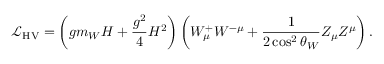
{ \mathcal { L } } _ { \mathrm { H V } } = \left( g m _ { W } H + { \frac { g ^ { 2 } } { 4 } } H ^ { 2 } \right) \left( W _ { \mu } ^ { + } W ^ { - \mu } + { \frac { 1 } { 2 \cos ^ { 2 } \theta _ { W } } } Z _ { \mu } Z ^ { \mu } \right) .